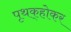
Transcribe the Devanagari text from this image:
पृथक्‌होकर